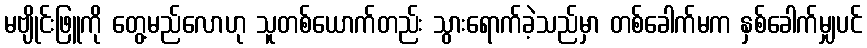
မဗျိုင်းဖြူကို တွေ့မည်လောဟု သူတစ်ယောက်တည်း သွားရောက်ခဲ့သည်မှာ တစ်ခေါက်မက နှစ်ခေါက်မျှပင်